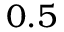
0 . 5